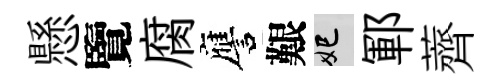
懸覽腐譍艱妃鄆薺